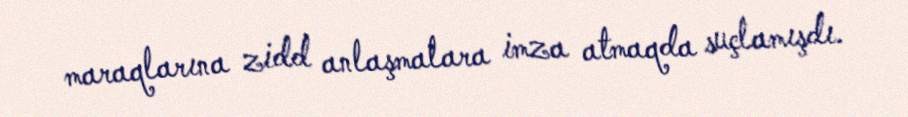
maraqlarına zidd anlaşmalara imza atmaqda suçlamışdı.